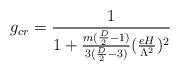
LaTeX: \begin{align*}g_{cr} = \frac{1}{1 + \frac{m(\frac{D}{2}-1)}{3(\frac{D}{2}-3)}(\frac{eH}{\Lambda^2})^2}\end{align*}